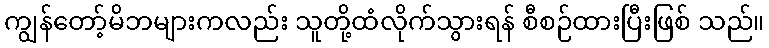
ကျွန်တော့်မိဘများကလည်း သူတို့ထံလိုက်သွားရန် စီစဉ်ထားပြီးဖြစ် သည်။